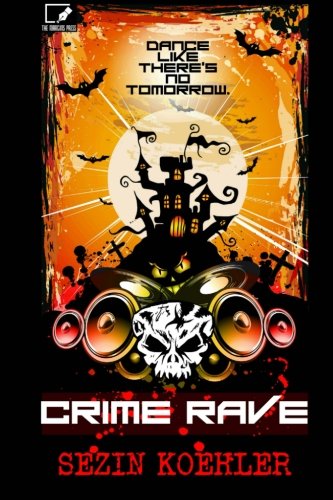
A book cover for Crime Rave; Sezin Koehler; Mystery, Thriller & Suspense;